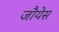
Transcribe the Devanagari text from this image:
जौयेस